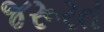
જરૂરત